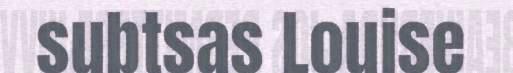
subtsas Louise